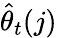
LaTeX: \widehat{\theta}_{t}(j)